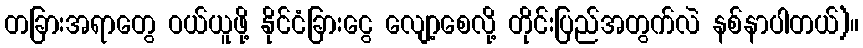
တခြားအရာတွေ ဝယ်ယူဖို့ နိုင်ငံခြားငွေ လျော့စေလို့ တိုင်းပြည်အတွက်လဲ နစ်နာပါတယ်)။